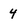
Character: 4